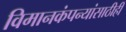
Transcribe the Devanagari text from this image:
विमानकंपन्यांसाठीही